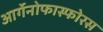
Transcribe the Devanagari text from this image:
आर्गेनोफास्फोरस